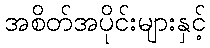
အစိတ်အပိုင်းများနှင့်